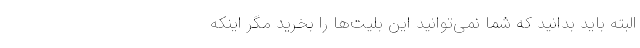
البته باید بدانید که شما نمی‌توانید این بلیت‌ها را بخرید مگر اینکه